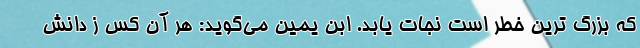
که بزرگ ترین خطر است نجات یابد. ابن یمین می‌گوید: هر آن کس ز دانش